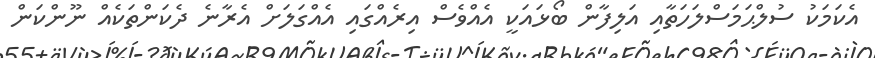
އެކަމަކު ސުލްޙަމަސްލަހަތާއި އަލިފާން ބޯޅައަކީ އެއްވެސް އިރެއްގައި އެއްގަލަށް އެރާނެ ދެކަންތަކެއް ނޫންކަން